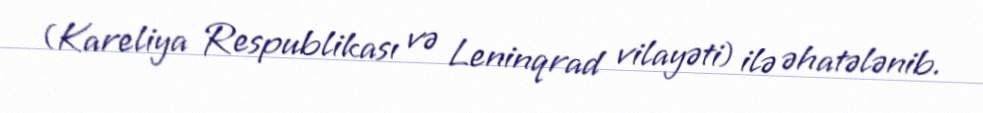
(Kareliya Respublikası və Leninqrad vilayəti) ilə əhatələnib.